画像に写った文字を読んでください
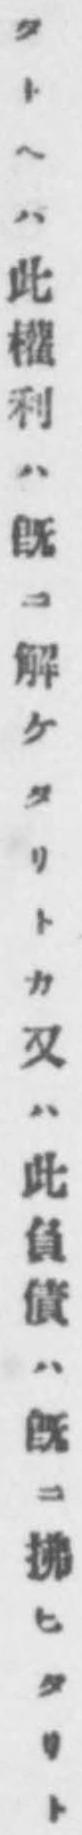
「タトヘハ此權利ハ既ニ解ケタリトカ又ハ此負債ハ既ニ拂ヒタリト」と書いてあります